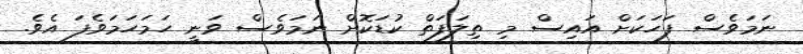
ނަމަވެސް ފަހަކަށް އައިސް މި ތިލަފަތް ކުޑަކޮށް ނަމަވެސް ވަނީ ހަމަހަމަވެފަ އެވެ.